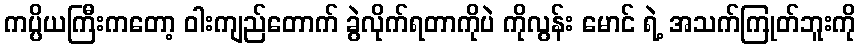
ကပ္ပိယကြီးကတော့ ဝါးကျည်တောက် ခွဲလိုက်ရတာကိုပဲ ကိုလွန်း မောင် ရဲ့ အသက်ကြုတ်ဘူးကို